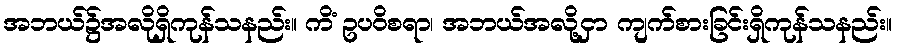
အဘယ်၌အလိုရှိကုန်သနည်း။ ကိံ ဥပဝိစရာ၊ အဘယ်အလို့ငှာ ကျက်စားခြင်းရှိကုန်သနည်း။